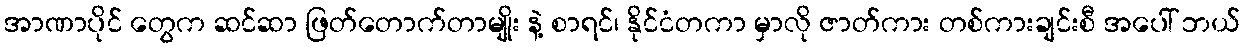
အာဏာပိုင် တွေက ဆင်ဆာ ဖြတ်တောက်တာမျိုး နဲ့ စာရင်၊ နိုင်ငံတကာ မှာလို ဇာတ်ကား တစ်ကားချင်းစီ အပေါ် ဘယ်